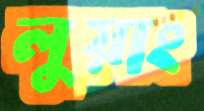
লুয়াং